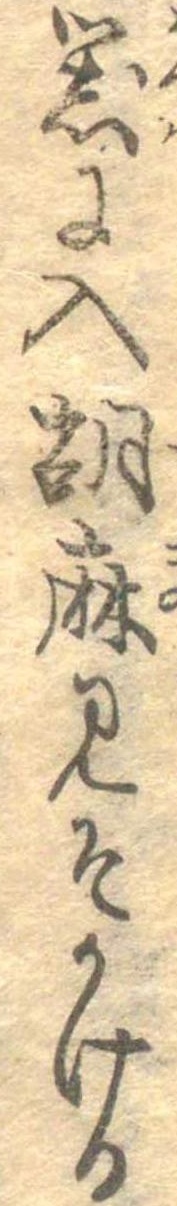
器に入胡麻みそかける